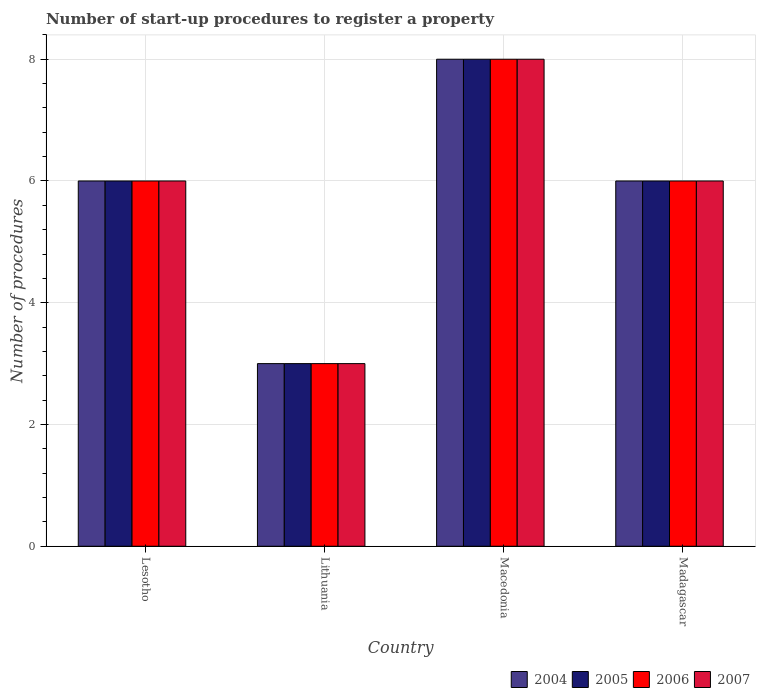
| Country | 2004 | 2005 | 2006 | 2007 |
 | --- | --- | --- | --- | --- |
 | Lesotho | 6 | 6 | 6 | 6 |
 | Lithuania | 3 | 3 | 3 | 3 |
 | Macedonia | 8 | 8 | 8 | 8 |
 | Madagascar | 6 | 6 | 6 | 6 |